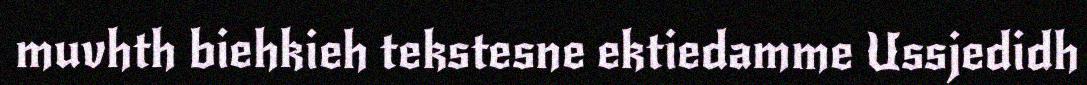
muvhth biehkieh tekstesne ektiedamme Ussjedidh